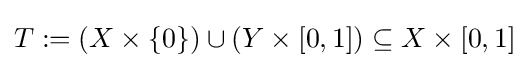
T\mathrel {:=} (X\times \{0\})\cup (Y\times [0,1])\subseteq X\times [0,1]